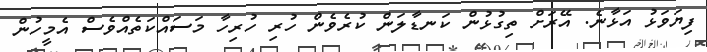
ފިޔަވަޅު އަޅާނެ. އޭރަށް ތިގުޅުން ކަނޑާލަން ކުރެވެން ހުރި ހުރިހާ މަސައްކަތެއްވެސް އެމީހުން